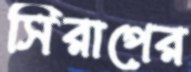
সিরাপের